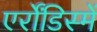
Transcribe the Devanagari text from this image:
एर्रोंडिस्में